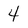
Character: 4